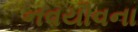
નવયૌવના